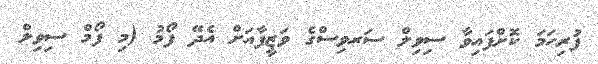
ފުރިހަމަ ކޮށްފައިވާ ސިވިލް ސަރވިސްގެ ވަޒީފާއަށް އެދޭ ފޯމު (މި ފޯމް ސިވިލް